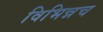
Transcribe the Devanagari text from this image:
विभिन्नच